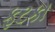
ફટકા